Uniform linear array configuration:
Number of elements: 8
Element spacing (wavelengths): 0.5
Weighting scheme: cosine
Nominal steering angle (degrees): -30
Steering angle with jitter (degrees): -31.891
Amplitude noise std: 0.05
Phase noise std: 0.05

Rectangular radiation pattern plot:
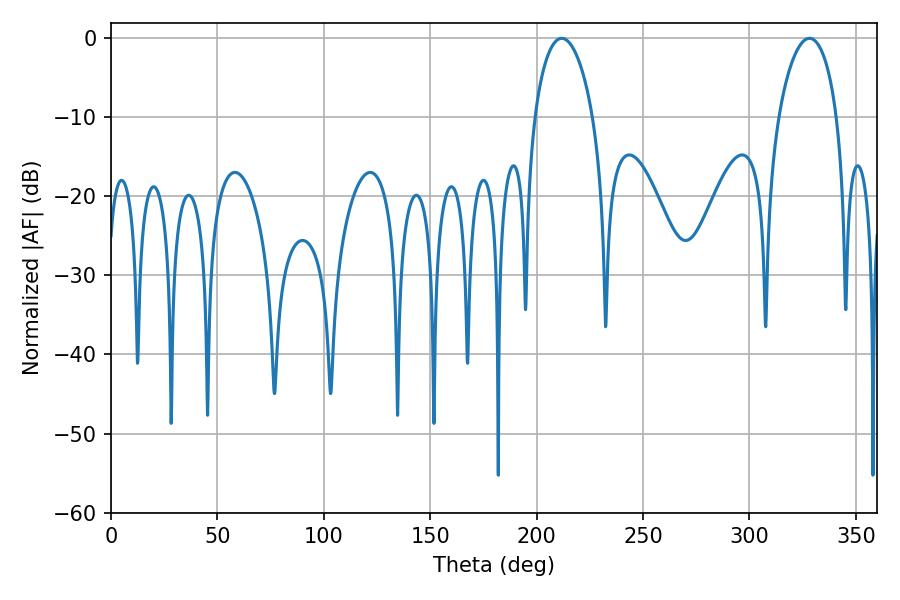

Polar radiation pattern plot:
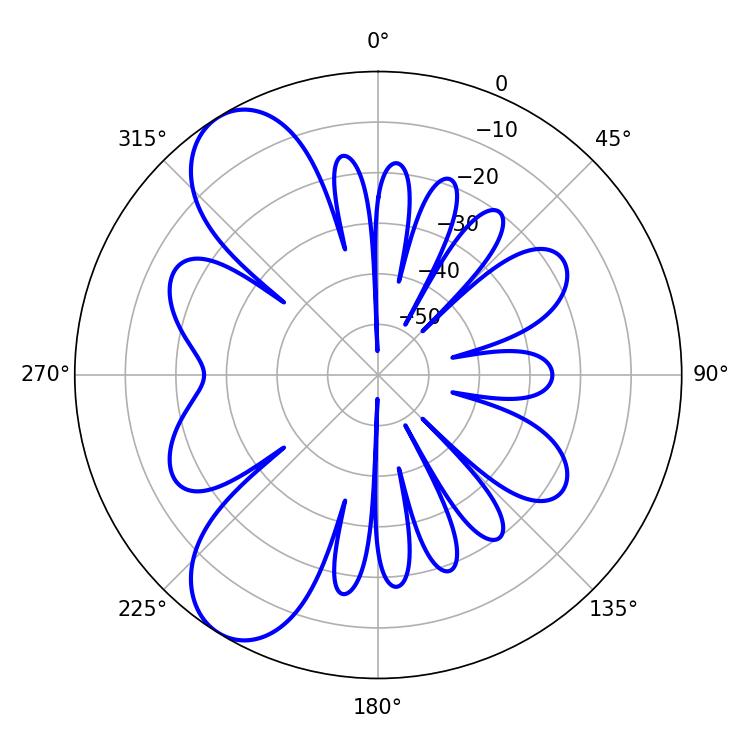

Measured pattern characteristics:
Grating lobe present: FALSE
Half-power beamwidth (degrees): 15.66
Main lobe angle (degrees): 211.86